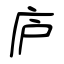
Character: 庐